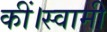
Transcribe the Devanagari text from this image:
कीं।स्वामी